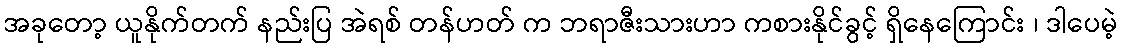
အခုတော့ ယူနိုက်တက် နည်းပြ အဲရစ် တန်ဟတ် က ဘရာဇီးသားဟာ ကစားနိုင်ခွင့် ရှိနေကြောင်း ၊ ဒါပေမဲ့